Report on sanitation, dispensaries, and jails in Rajputana for 1909, and on vaccination for the year 1909-1910 - 1909-1910
Year: 1909
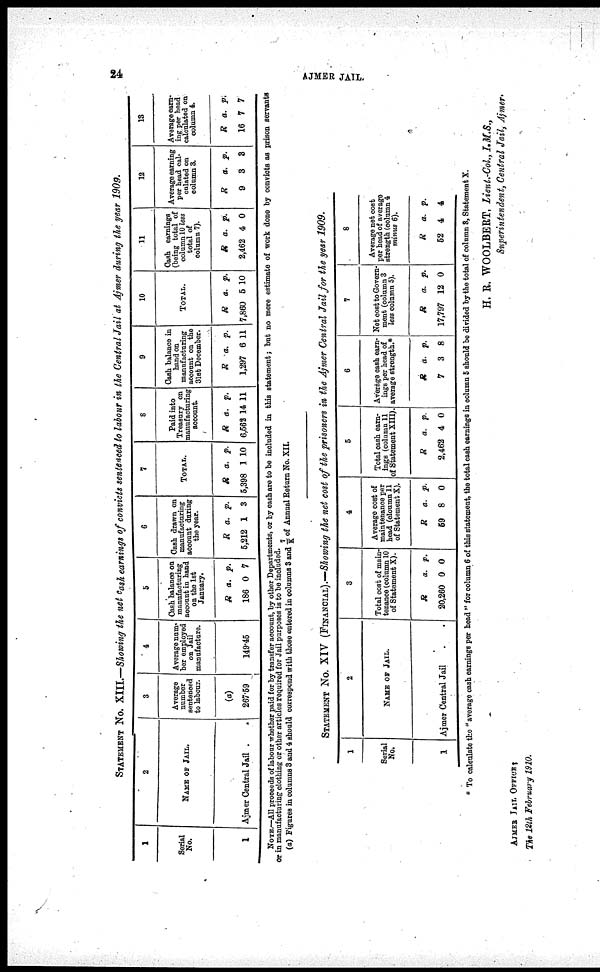
24
AJMER JAIL.
STATEMENT NO. XIII.—Showing the net cash earnings of convicts sentenced to labour in the Central Jail at Ajmer during the year 1909.
1
Serial
No.
1
2
NAME OF JAIL.
Ajmer Central Jail .
3
Average
number
sentenced
to labour.
(a)
267.59
4
Average num¬
ber employed
on jail
manufacture.
149.45
5
Cash balance on
manufacturing
account in hand
on the 1st
January.
R
186
a.
0
p.
7
6
Cash drawn on
manufacturing
account during
the year.
R
5,212
a.
1
p.
3
7
TOTAL.
R
5,398
a.
1
p.
10
8
Paid into
Treasury on
manufacturing
account.
R
6,562
a.
14
p.
11
9
Cash balance in
hand on
manufacturing
account on the
31st December.
R
1,297
a.
6
p.
11
10
TOTAL.
R
7,860
a.
5
p.
10
11
Cash earnings
(being total of
column 10 less
total of
column 7).
R
2,462
a.
4
p.
0
12
Average earning
per head cal-
culated on
column 3.
R
9
a.
3
p.
3
13
Average earn-
ing per head
calculated on
column 4.
R
16
a.
7
p.
7
NOTE.—All proceeds of labour whether paid forty transfer account, by other Departments, or by cash are to be included in this statement; but no mere estimate of work done by convicts as prison servants
or in manufacturing clothing ox other articles required for Jail purposes is to be included.
(a) Figures in columns 3 and 4 should correspond with those entered in columns 3 and 7/K of Annual Return No. XII.
STATEMENT NO. XIV (FINANCIAL).—Showing the net cost of the prisoners in the Ajmer Central Jail for the year 1909.
1
Serial
No.
1
2
NAME OF JAIL.
Ajmer central jail .
3
Total cost of main-
tenance (column 10
of Statement X).
R
20,260
a.
0
p.
0
4
Average cost of
maintenance per
head (cloumn 11
of Statement X).
R
59
a.
8
p.
0
5
Total cash earn-
ings (column 11
of Statement XIII).
R
2,462
a.
4
p.
0
6
Average cash earn-
ings per head of
average strength.*
R
7
a.
3
p.
8
7
Net cost to Govern-
ment (column 3
less column 5).
R
17,797
a.
12
p.
0
8
Average net cost
per head of average
strength (column 4
minus 6).
R
52
a.
4
p.
4
* To calculate the "average cash earnings per head " for column 6 of this statement, the total cash earnings in column 5 should be divided by the total of column 8, Statement X.
H. R. WOOLBERT. Lieut.-Col.,I.M.S.,
Superintendent, Central Jail, Ajmer.
AJMER JAIL OFFICE;
The 12th February 1910.